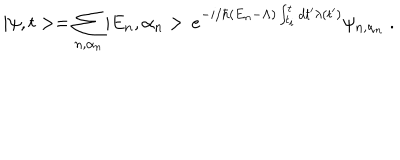
| \psi , t > = \sum _ { n , \alpha _ { n } } | E _ { n } , \alpha _ { n } > \, e ^ { - i / \hbar ( E _ { n } - \Lambda ) \int _ { t _ { i } } ^ { t } d t ^ { \prime } \lambda ( t ^ { \prime } ) } \psi _ { n , \alpha _ { n } } \ .